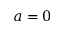
a = 0